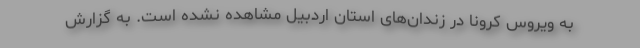
به ویروس کرونا در زندان‌های استان اردبیل مشاهده نشده است. به گزارش